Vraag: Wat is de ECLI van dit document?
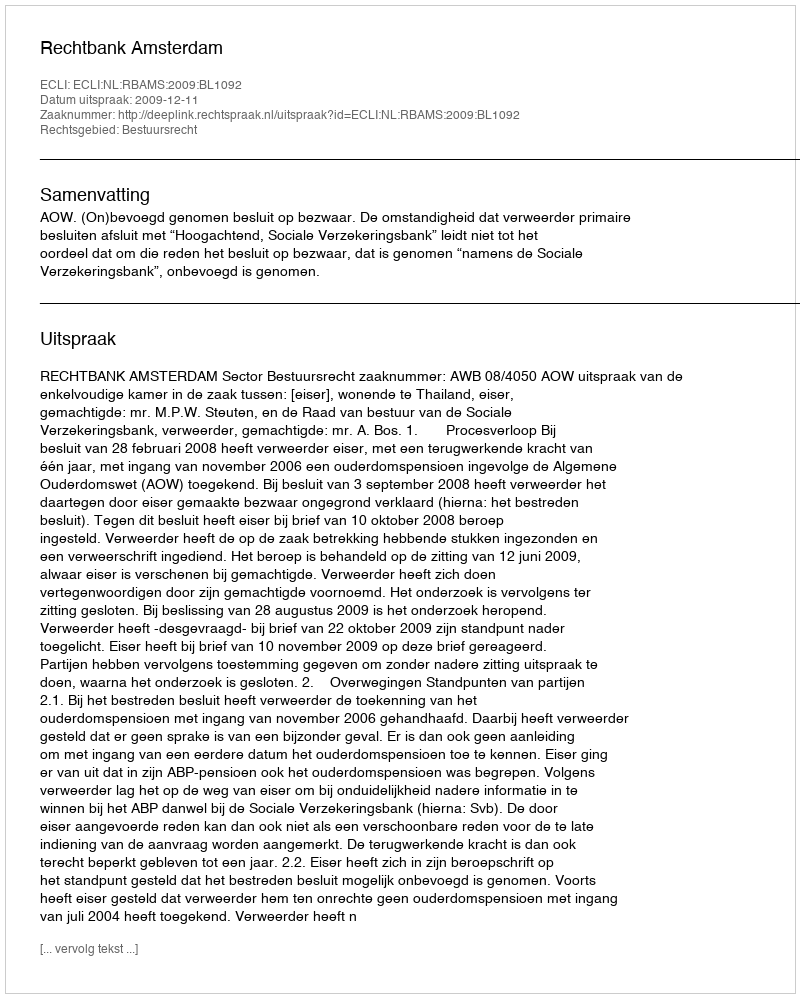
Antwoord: ECLI:NL:RBAMS:2009:BL1092